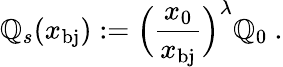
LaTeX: \mathbb{Q}_{s}(x_{\mathrm{{bj}}}):=\Big(\frac{{x_{0}}}{{x_{\mathrm{{bj}}}}}\Big)^{\lambda}\mathbb{Q}_{0}\ .